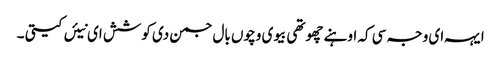
ایہہ ای وجہ سی کہ اوہنے چھوتھی بیوی وچوں بال جمن دی کوشش ای نیئں کیتی ۔